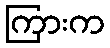
ကြားက